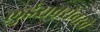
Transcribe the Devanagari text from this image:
लुईसबरोबरचे